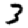
Digit: 3